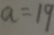
a = 1 9